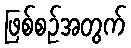
ဖြစ်စဉ်အတွက်